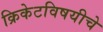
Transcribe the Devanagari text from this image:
क्रिकेटविषयीचे